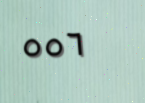
٥٥٦